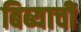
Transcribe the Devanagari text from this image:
बिब्याची